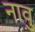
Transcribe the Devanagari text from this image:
नावु